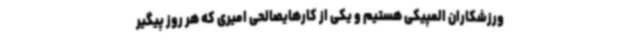
ورزشکاران المپیکی هستیم و یکی از کارهایصالحی امیری که هر روز پیگیر